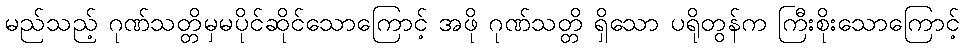
မည်သည့် ဂုဏ်သတ္တိမှမပိုင်ဆိုင်သောကြောင့် အဖို ဂုဏ်သတ္တိ ရှိသော ပရိုတွန်က ကြီးစိုးသောကြောင့်